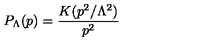
P _ { \Lambda } ( p ) = \frac { K ( p ^ { 2 } / \Lambda ^ { 2 } ) } { p ^ { 2 } }